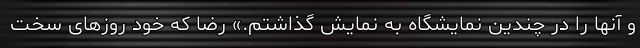
و آنها را در چندین نمایشگاه به نمایش گذاشتم.» رضا که خود روزهای سخت